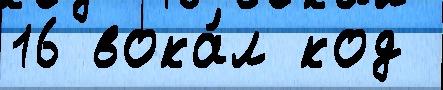
16 вока́л код